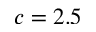
c = 2 . 5